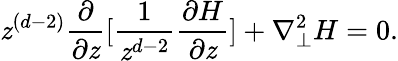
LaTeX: \mathit{z}^{(d-2)}\frac{{\partial}}{{{\partial}\mathit{z}}}[\frac{{1}}{{\mathit{z}^{d-2}}}\frac{{{\partial}H}}{{{\partial}\mathit{z}}}]+{\nabla}_{\perp}^{2}H=0.